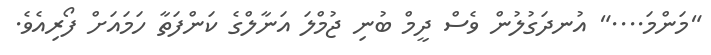
"މަންމަ...." އުނދަގުލުން ވެސް ދީމް ބުނި ޖުމްލަ އަނާލްގެ ކަންފަތާ ހަމައަށް ފޯރިއެވެ.